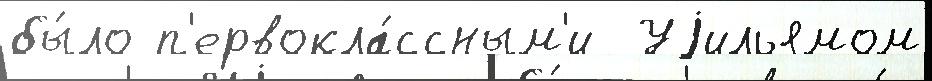
бы́ло п'ервокла́ссным'и  Уjильямом